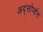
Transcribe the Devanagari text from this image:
अद्सोर्प्शन